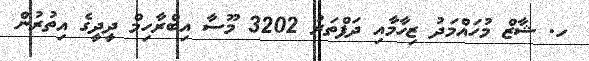
ހ. ޝާޒް މުހައްމަދު ޒިހާމާއި ދަފްތަރު 3202 މޫސާ އިބްރާހިމް ދީދީގެ އިތުރުން